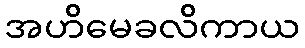
အဟိမေခလိကာယ